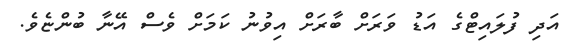
އަދި ފުލައިޓްގެ އަޑު ވަރަށް ބާރަށް އިވުނު ކަމަށް ވެސް އޭނާ ބުންޏެވެ.